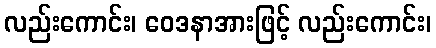
လည်းကောင်း၊ ဝေဒနာအားဖြင့် လည်းကောင်း၊